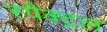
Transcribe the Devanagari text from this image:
स्पैक्ट्रल